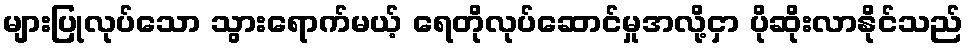
များပြုလုပ်သော သွားရောက်မယ့် ရေတိုလုပ်ဆောင်မှုအလို့ငှာ ပိုဆိုးလာနိုင်သည်